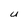
Character: U